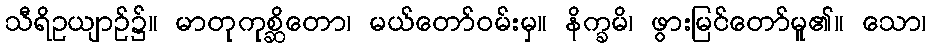
သီရိဥယျာဉ်၌။ မာတုကုစ္ဆိတော၊ မယ်တော်ဝမ်းမှ။ နိက္ခမိ၊ ဖွားမြင်တော်မူ၏။ သော၊